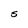
Character: S